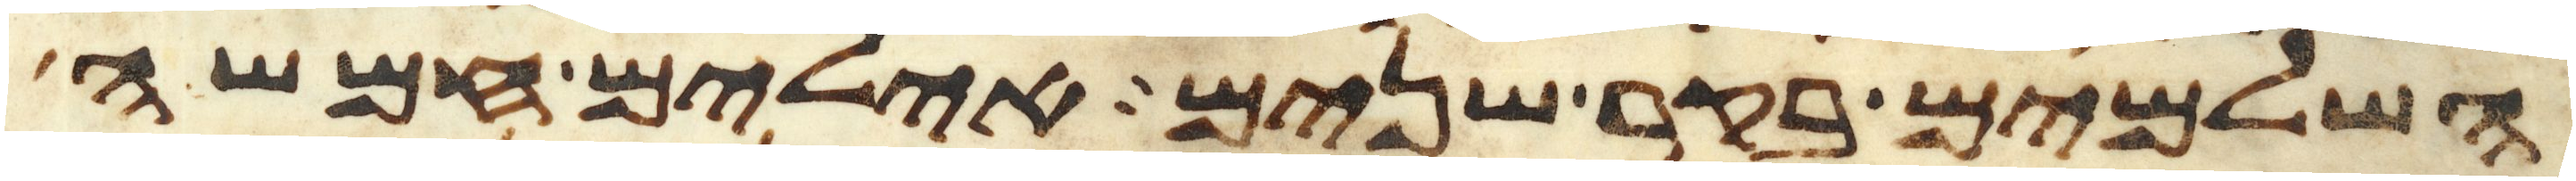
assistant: השלמים בקר שנים אילים חמשה